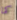
كما